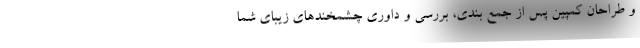
و طراحان کمپین پس از جمع بندی، بررسی و داوری چشمخندهای زیبای شما